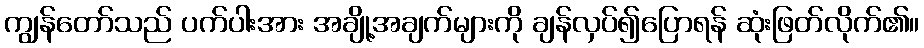
ကျွန်တော်သည် ပက်ပါးအား အချို့အချက်များကို ချန်လှပ်၍ပြောရန် ဆုံးဖြတ်လိုက်၏။